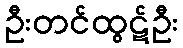
ဦးတင်ထွဋ်ဦး